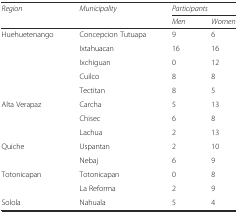
<table><thead><tr><td rowspan="2"><b><i>Region</i></b></td><td rowspan="2"><b><i>Municipality</i></b></td><td colspan="2"><b><i>Participants</i></b></td></tr><tr><td><b><i>Men</i></b></td><td><b><i>Women</i></b></td></tr></thead><tbody><tr><td rowspan="5">Huehuetenango</td><td>Concepcion Tutuapa</td><td>9</td><td>6</td></tr><tr><td>Ixtahuacan</td><td>16</td><td>16</td></tr><tr><td>Ixchiguan</td><td>0</td><td>12</td></tr><tr><td>Cuilco</td><td>8</td><td>8</td></tr><tr><td>Tectitan</td><td>8</td><td>5</td></tr><tr><td rowspan="3">Alta Verapaz</td><td>Carcha</td><td>5</td><td>13</td></tr><tr><td>Chisec</td><td>6</td><td>8</td></tr><tr><td>Lachua</td><td>2</td><td>13</td></tr><tr><td rowspan="2">Quiche</td><td>Uspantan</td><td>2</td><td>10</td></tr><tr><td>Nebaj</td><td>6</td><td>9</td></tr><tr><td rowspan="2">Totonicapan</td><td>Totonicapan</td><td>0</td><td>8</td></tr><tr><td>La Reforma</td><td>2</td><td>9</td></tr><tr><td>Solola</td><td>Nahuala</td><td>5</td><td>4</td></tr></tbody></table>